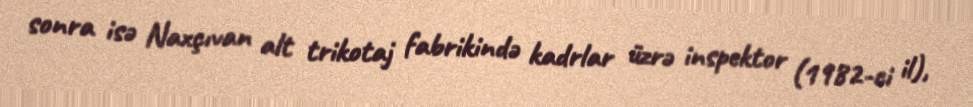
sonra isə Naxçıvan alt trikotaj fabrikində kadrlar üzrə inspektor (1982-ci il),